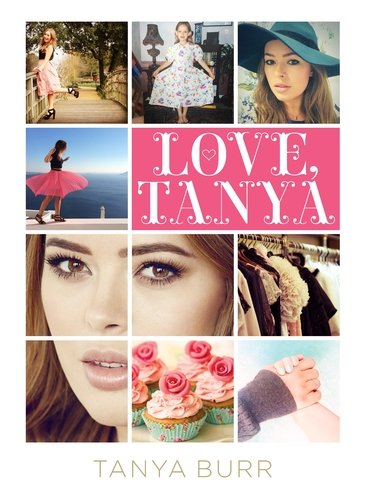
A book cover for Love, Tanya; Tanya Burr; Health, Fitness & Dieting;